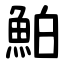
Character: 鮊